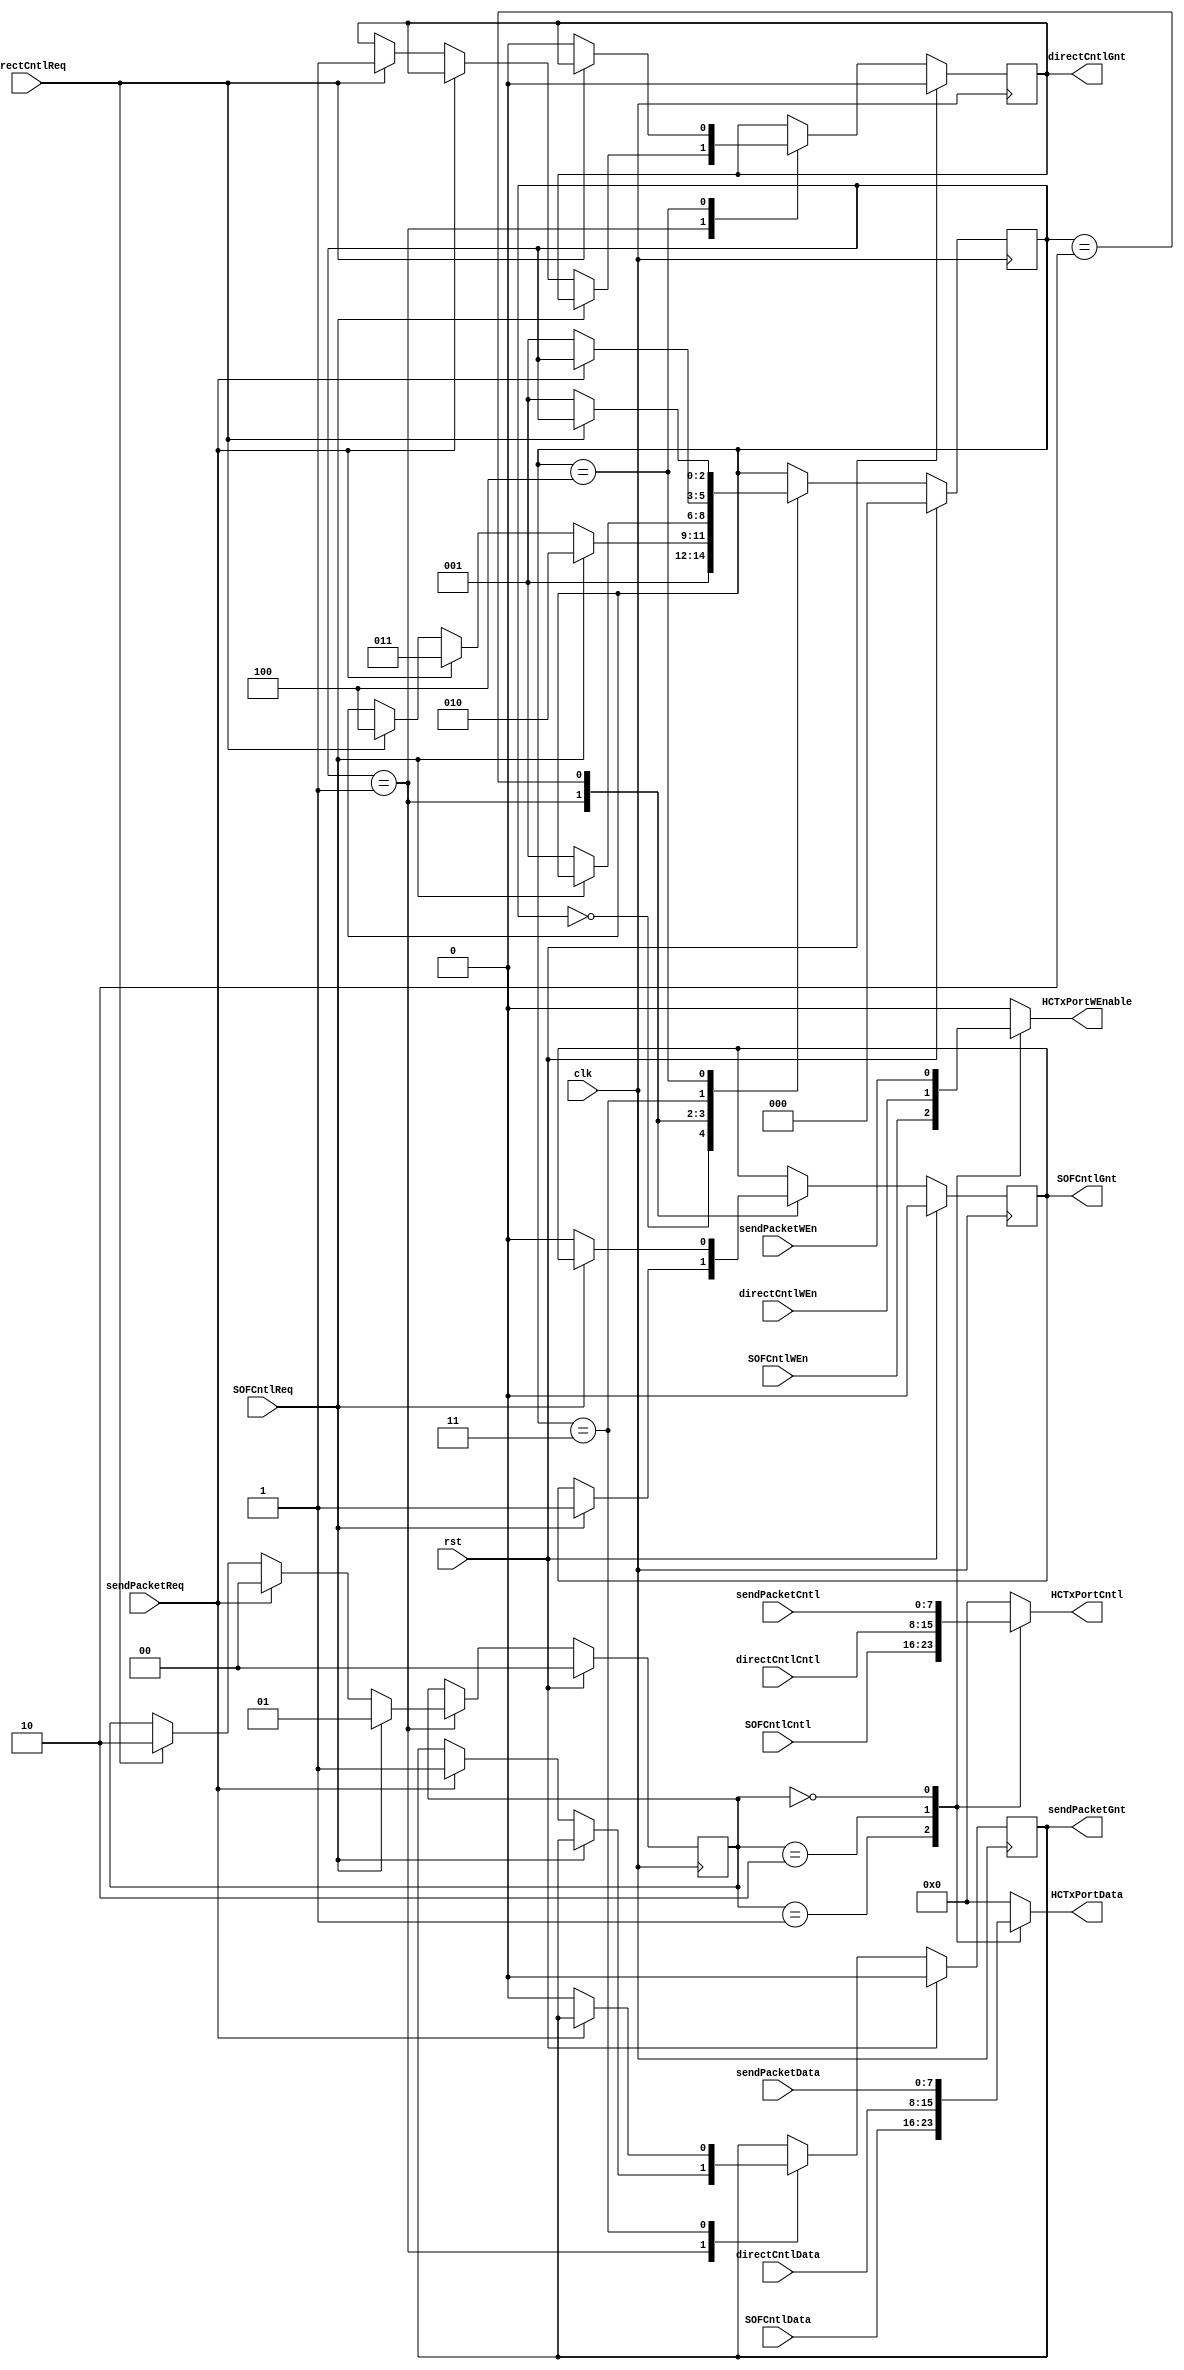
module HCTxPortArbiter (HCTxPortCntl, HCTxPortData, HCTxPortWEnable, SOFCntlCntl, SOFCntlData, SOFCntlGnt, SOFCntlReq, SOFCntlWEn, clk, directCntlCntl, directCntlData, directCntlGnt, directCntlReq, directCntlWEn, rst, sendPacketCntl, sendPacketData, sendPacketGnt, sendPacketReq, sendPacketWEn);
input   [7:0] SOFCntlCntl;
input   [7:0] SOFCntlData;
input   SOFCntlReq;
input   SOFCntlWEn;
input   clk;
input   [7:0] directCntlCntl;
input   [7:0] directCntlData;
input   directCntlReq;
input   directCntlWEn;
input   rst;
input   [7:0] sendPacketCntl;
input   [7:0] sendPacketData;
input   sendPacketReq;
input   sendPacketWEn;
output  [7:0] HCTxPortCntl;
output  [7:0] HCTxPortData;
output  HCTxPortWEnable;
output  SOFCntlGnt;
output  directCntlGnt;
output  sendPacketGnt;

reg     [7:0] HCTxPortCntl, next_HCTxPortCntl;
reg     [7:0] HCTxPortData, next_HCTxPortData;
reg     HCTxPortWEnable, next_HCTxPortWEnable;
wire    [7:0] SOFCntlCntl;
wire    [7:0] SOFCntlData;
reg     SOFCntlGnt, next_SOFCntlGnt;
wire    SOFCntlReq;
wire    SOFCntlWEn;
wire    clk;
wire    [7:0] directCntlCntl;
wire    [7:0] directCntlData;
reg     directCntlGnt, next_directCntlGnt;
wire    directCntlReq;
wire    directCntlWEn;
wire    rst;
wire    [7:0] sendPacketCntl;
wire    [7:0] sendPacketData;
reg     sendPacketGnt, next_sendPacketGnt;
wire    sendPacketReq;
wire    sendPacketWEn;


// Constants
`define DIRECT_CTRL_MUX 2'b10
`define SEND_PACKET_MUX 2'b00
`define SOF_CTRL_MUX 2'b01
// diagram signals declarations
reg  [1:0]muxCntl, next_muxCntl;

// BINARY ENCODED state machine: HCTxArb
// State codes definitions:
`define START_HARB 3'b000
`define WAIT_REQ 3'b001
`define SEND_SOF 3'b010
`define SEND_PACKET 3'b011
`define DIRECT_CONTROL 3'b100

reg [2:0] CurrState_HCTxArb;
reg [2:0] NextState_HCTxArb;

// Diagram actions (continuous assignments allowed only: assign ...)

// SOFController/directContol/sendPacket mux
always @(muxCntl or SOFCntlWEn or SOFCntlData or SOFCntlCntl or
		 		 directCntlWEn or directCntlData or directCntlCntl or
                  directCntlWEn or directCntlData or directCntlCntl or
 		  		 sendPacketWEn or sendPacketData or sendPacketCntl)
begin
case (muxCntl)
    `SOF_CTRL_MUX :
    begin
        HCTxPortWEnable <= SOFCntlWEn;
        HCTxPortData <= SOFCntlData;
        HCTxPortCntl <= SOFCntlCntl;
    end
    `DIRECT_CTRL_MUX :
    begin
        HCTxPortWEnable <= directCntlWEn;
        HCTxPortData <= directCntlData;
        HCTxPortCntl <= directCntlCntl;
    end
    `SEND_PACKET_MUX :
    begin
        HCTxPortWEnable <= sendPacketWEn;
        HCTxPortData <= sendPacketData;
        HCTxPortCntl <= sendPacketCntl;
    end
    default :
    begin
        HCTxPortWEnable <= 1'b0;
        HCTxPortData <= 8'h00;
        HCTxPortCntl <= 8'h00;
    end
endcase
end

//--------------------------------------------------------------------
// Machine: HCTxArb
//--------------------------------------------------------------------
//----------------------------------
// Next State Logic (combinatorial)
//----------------------------------
always @ (SOFCntlReq or sendPacketReq or directCntlReq or SOFCntlGnt or muxCntl or sendPacketGnt or directCntlGnt or CurrState_HCTxArb)
begin : HCTxArb_NextState
  NextState_HCTxArb <= CurrState_HCTxArb;
  // Set default values for outputs and signals
  next_SOFCntlGnt <= SOFCntlGnt;
  next_muxCntl <= muxCntl;
  next_sendPacketGnt <= sendPacketGnt;
  next_directCntlGnt <= directCntlGnt;
  case (CurrState_HCTxArb)
    `START_HARB:
      NextState_HCTxArb <= `WAIT_REQ;
    `WAIT_REQ:
      if (SOFCntlReq == 1'b1)	
      begin
        NextState_HCTxArb <= `SEND_SOF;
        next_SOFCntlGnt <= 1'b1;
        next_muxCntl <= `SOF_CTRL_MUX;
      end
      else if (sendPacketReq == 1'b1)	
      begin
        NextState_HCTxArb <= `SEND_PACKET;
        next_sendPacketGnt <= 1'b1;
        next_muxCntl <= `SEND_PACKET_MUX;
      end
      else if (directCntlReq == 1'b1)	
      begin
        NextState_HCTxArb <= `DIRECT_CONTROL;
        next_directCntlGnt <= 1'b1;
        next_muxCntl <= `DIRECT_CTRL_MUX;
      end
    `SEND_SOF:
      if (SOFCntlReq == 1'b0)	
      begin
        NextState_HCTxArb <= `WAIT_REQ;
        next_SOFCntlGnt <= 1'b0;
      end
    `SEND_PACKET:
      if (sendPacketReq == 1'b0)	
      begin
        NextState_HCTxArb <= `WAIT_REQ;
        next_sendPacketGnt <= 1'b0;
      end
    `DIRECT_CONTROL:
      if (directCntlReq == 1'b0)	
      begin
        NextState_HCTxArb <= `WAIT_REQ;
        next_directCntlGnt <= 1'b0;
      end
  endcase
end

//----------------------------------
// Current State Logic (sequential)
//----------------------------------
always @ (posedge clk)
begin : HCTxArb_CurrentState
  if (rst)	
    CurrState_HCTxArb <= `START_HARB;
  else
    CurrState_HCTxArb <= NextState_HCTxArb;
end

//----------------------------------
// Registered outputs logic
//----------------------------------
always @ (posedge clk)
begin : HCTxArb_RegOutput
  if (rst)	
  begin
    muxCntl <= 2'b00;
    SOFCntlGnt <= 1'b0;
    sendPacketGnt <= 1'b0;
    directCntlGnt <= 1'b0;
  end
  else 
  begin
    muxCntl <= next_muxCntl;
    SOFCntlGnt <= next_SOFCntlGnt;
    sendPacketGnt <= next_sendPacketGnt;
    directCntlGnt <= next_directCntlGnt;
  end
end

endmodule